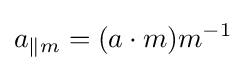
a_{\|m}=(a\cdot m)m^{-1}